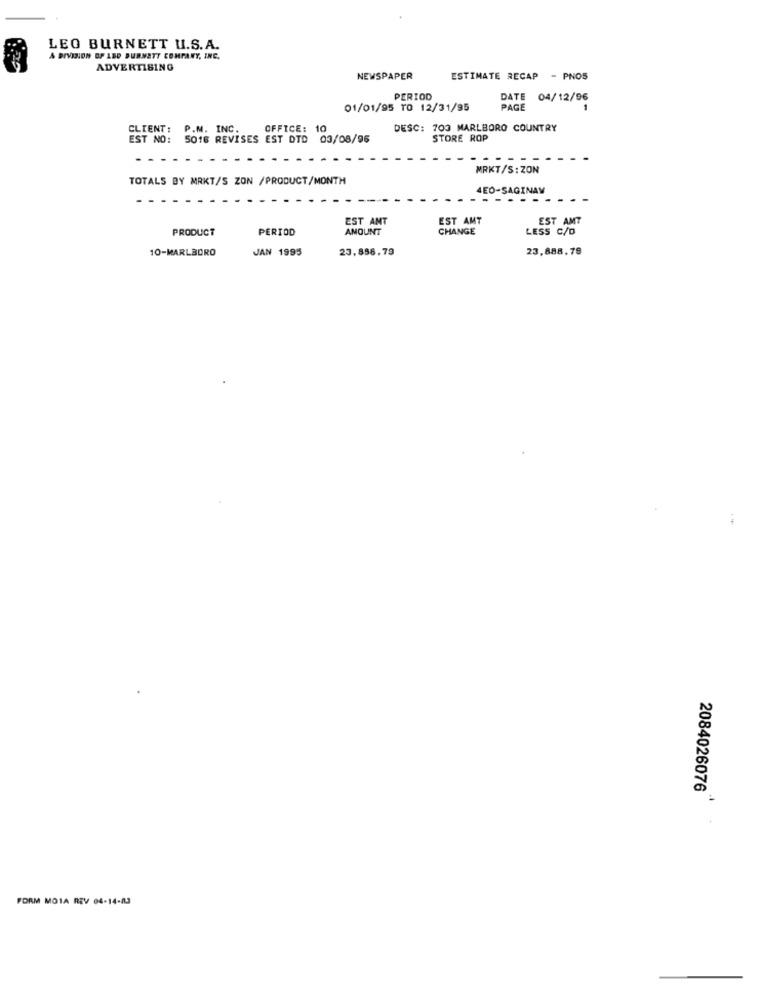
LEO BURNETT U.S.A.
A DIVISION OF ABD BURNETT COMPANY, INC.
ADVERTISING
NEWSPAPER
ESTIMATE RECAP - PNOS
PERIOD
DATE
04/12/96
01/01/95 TO 12/31/95
PAGE
CLIENT: P.M. INC.
OFFICE: 10
DESC: 700 MARLBORO COUNTRY
EST NO: 5016 REVISES EST DTD 03/08/96
STORE ROP
MRKT/S: ZON
TOTALS BY MRKT/S ZON /PRODUCT/MONTH
4EŐ-SAGINAW
EST AMT
EST AMT
EST AMT
PRODUCT
PERIOD
AMOUNT
CHANGE
LESS C/D
10-MARLBORO
JAN 1995
23,898.79
23,888.79
2084026076
FORM MOIA REV 04-14-83